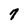
Character: 7